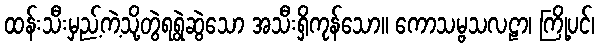
ထန်းသီးမှည့်ကဲ့သို့တွဲရရွဲဆွဲသော အသီးရှိကုန်သော။ ကောသမ္ဗသလဠာ၊ ကြို့ပင်၊